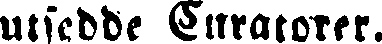
utsedde Curatorer.